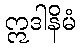
ဣဒါနိမံ